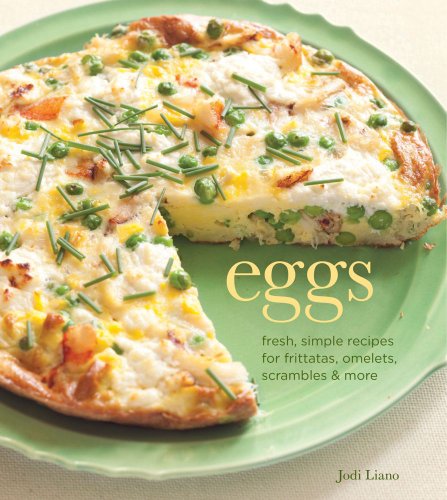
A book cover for Eggs: Fresh, Simple Recipes for Frittatas, Omelets, Scrambles & More; Jodi Liano; Cookbooks, Food & Wine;